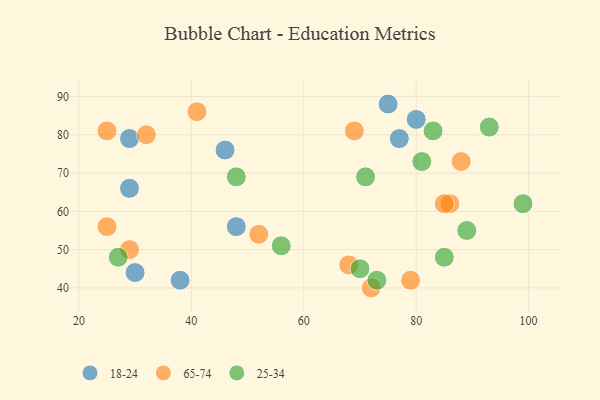
{"axis": {"x": "GDP", "y": "Life Expectancy"}, "legend": ["18-24", "25-34", "65-74"], "data": [{"x": "77", "y": 79, "type": "18-24"}, {"x": "30", "y": 44, "type": "18-24"}, {"x": "46", "y": 76, "type": "18-24"}, {"x": "80", "y": 84, "type": "18-24"}, {"x": "48", "y": 56, "type": "18-24"}, {"x": "29", "y": 79, "type": "18-24"}, {"x": "75", "y": 88, "type": "18-24"}, {"x": "29", "y": 66, "type": "18-24"}, {"x": "38", "y": 42, "type": "18-24"}, {"x": "32", "y": 80, "type": "65-74"}, {"x": "72", "y": 40, "type": "65-74"}, {"x": "25", "y": 56, "type": "65-74"}, {"x": "68", "y": 46, "type": "65-74"}, {"x": "88", "y": 73, "type": "65-74"}, {"x": "69", "y": 81, "type": "65-74"}, {"x": "25", "y": 81, "type": "65-74"}, {"x": "52", "y": 54, "type": "65-74"}, {"x": "86", "y": 62, "type": "65-74"}, {"x": "79", "y": 42, "type": "65-74"}, {"x": "85", "y": 62, "type": "65-74"}, {"x": "29", "y": 50, "type": "65-74"}, {"x": "41", "y": 86, "type": "65-74"}, {"x": "56", "y": 51, "type": "25-34"}, {"x": "89", "y": 55, "type": "25-34"}, {"x": "27", "y": 48, "type": "25-34"}, {"x": "93", "y": 82, "type": "25-34"}, {"x": "71", "y": 69, "type": "25-34"}, {"x": "81", "y": 73, "type": "25-34"}, {"x": "99", "y": 62, "type": "25-34"}, {"x": "73", "y": 42, "type": "25-34"}, {"x": "85", "y": 48, "type": "25-34"}, {"x": "70", "y": 45, "type": "25-34"}, {"x": "83", "y": 81, "type": "25-34"}, {"x": "48", "y": 69, "type": "25-34"}]}